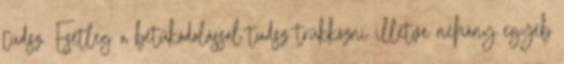
tudsz. Esetleg a betűkódolással tudsz trükközni illetve néhány egyéb